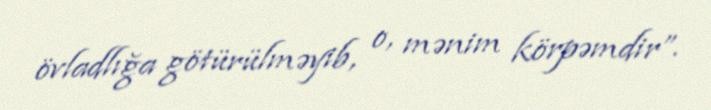
övladlığa götürülməyib, o, mənim körpəmdir”.